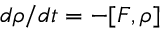
d \rho / d t = - [ F , \rho ]